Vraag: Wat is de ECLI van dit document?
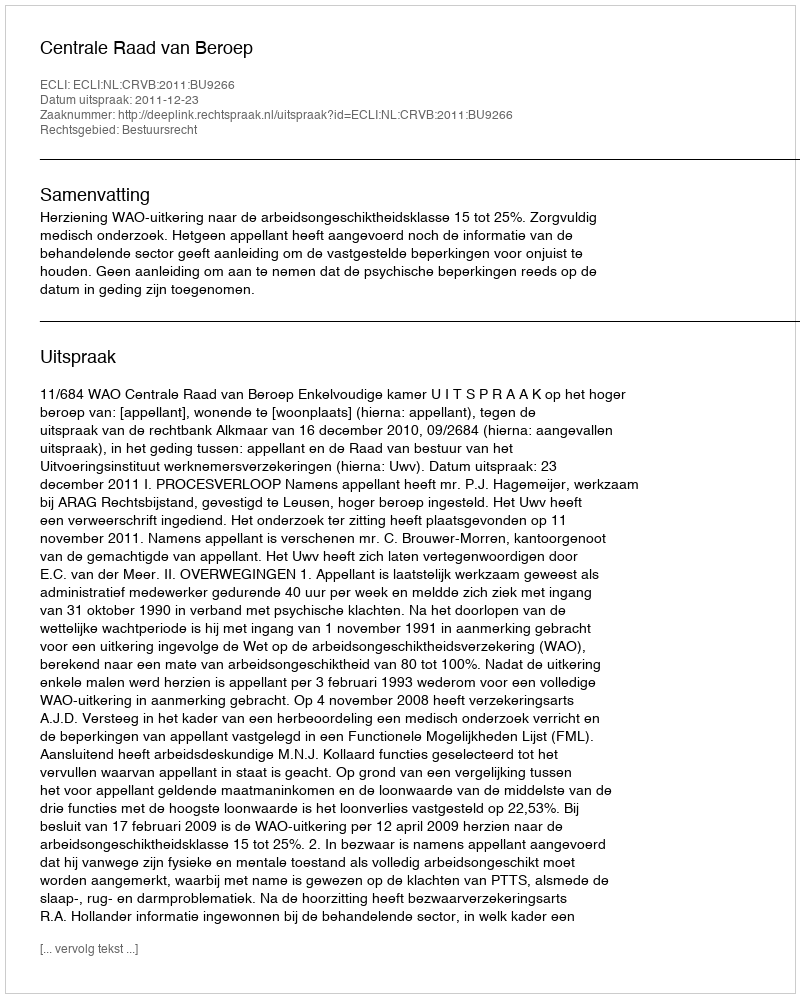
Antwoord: ECLI:NL:CRVB:2011:BU9266